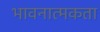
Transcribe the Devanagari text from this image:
भावनात्मकता